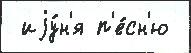
 иjу́н'я п'е́сн'ю